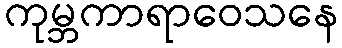
ကုမ္ဘကာရာဝေသနေ